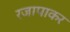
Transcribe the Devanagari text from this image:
रजापाकर